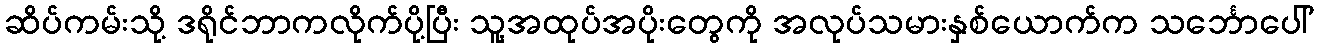
ဆိပ်ကမ်းသို့ ဒရိုင်ဘာကလိုက်ပို့ပြီး သူ့အထုပ်အပိုးတွေကို အလုပ်သမားနှစ်ယောက်က သင်္ဘောပေါ်